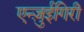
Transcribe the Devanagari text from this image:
एन्ज़ुईगिरी